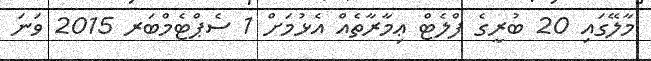
މާލޭގައި 20 ބުރީގެ ފްލެޓް ޢިމާރާތެއް އެޅުމަށް 1 ސެޕްޓެމްބަރ 2015 ވަނަ